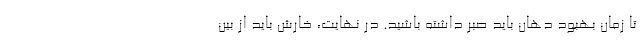
تا زمان بهبود دهان باید صبر داشته باشید. در نهایت، خارش باید از بین